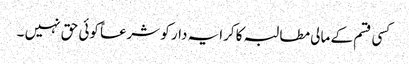
کسی قسم کے مالی مطالبہ کا کرایہ دار کو شرعاً کوئی حق نہیں ۔